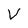
Character: V